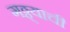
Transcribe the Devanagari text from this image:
गठ्ठ्याची